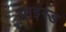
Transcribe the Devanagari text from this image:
प्राइस्ड